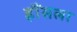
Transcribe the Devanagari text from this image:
हौंसला